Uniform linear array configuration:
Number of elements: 16
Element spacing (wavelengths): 0.75
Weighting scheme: hamming
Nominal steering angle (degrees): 30
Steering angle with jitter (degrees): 31.165
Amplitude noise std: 0.05
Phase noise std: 0.05

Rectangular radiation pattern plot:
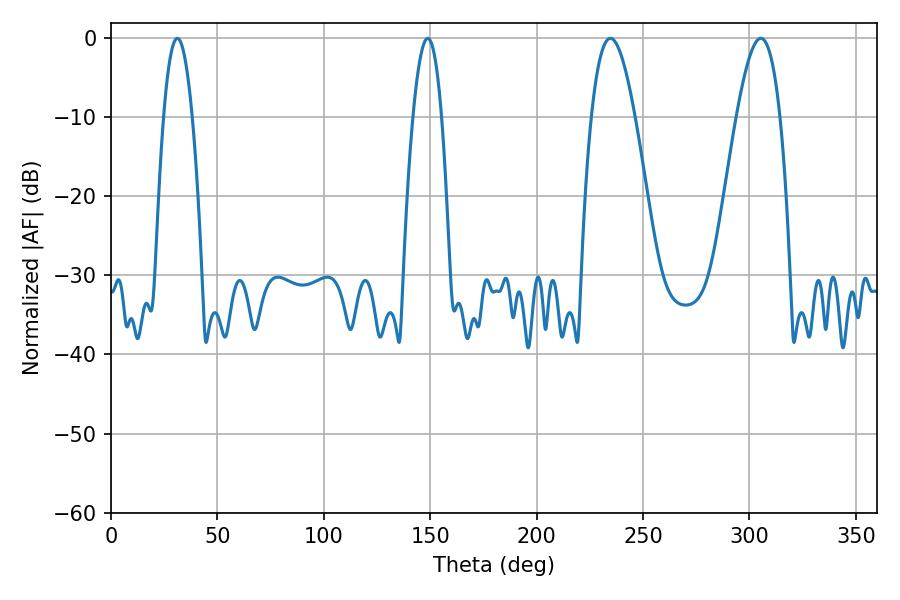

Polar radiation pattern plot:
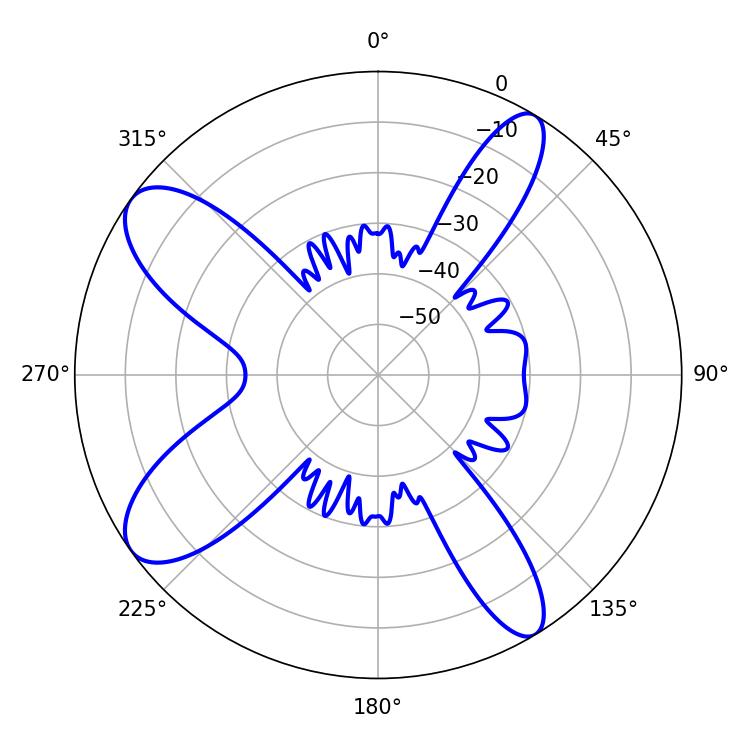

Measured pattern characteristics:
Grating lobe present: TRUE
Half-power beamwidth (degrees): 7.38
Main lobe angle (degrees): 31.14